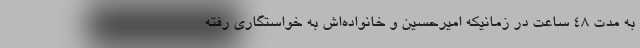
به مدت 48 ساعت در زمانیکه امیرحسین و خانواده‌اش به خواستگاری رفته